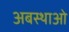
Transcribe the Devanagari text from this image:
अबस्थाओ